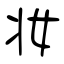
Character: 妆